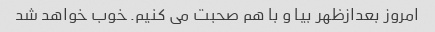
امروز بعدازظهر بیا و با هم صحبت می کنیم. خوب خواهد شد